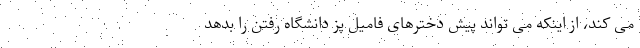
می کند، از اینکه می تواند پیش دخترهای فامیل پز دانشگاه رفتن را بدهد